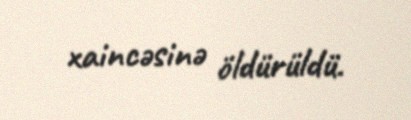
xaincəsinə öldürüldü.